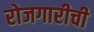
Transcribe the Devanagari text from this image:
रोजगारीची